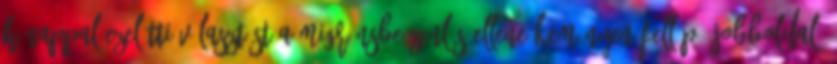
hónappal ezelőtti választást a migránsbeözönlés ellene keményen fellépő jobboldal,